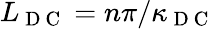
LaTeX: L_{\mathrm{~D~C~}}=n\pi/\kappa_{\mathrm{~D~C~}}